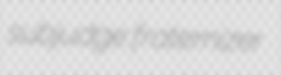
subjudge fraternizer